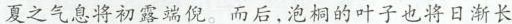
夏之气息将初露端倪。而后.泡桐的叶子也将日渐长